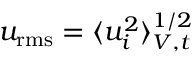
u _ { \mathrm { r m s } } = \langle u _ { i } ^ { 2 } \rangle _ { V , t } ^ { 1 / 2 }